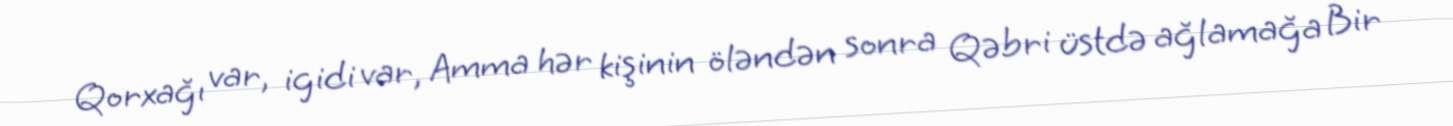
Qorxağı var, igidi var, Amma hər kişinin öləndən sonra Qəbri üstdə ağlamağa Bir